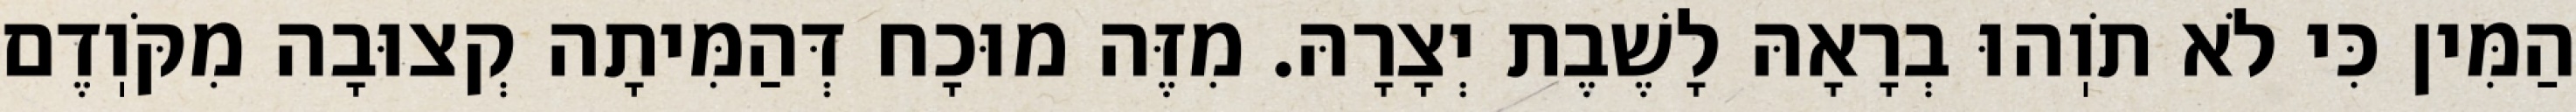
הַמִּין כִּי לֹא תֹוֽהוּ בְרָאָהּ לָשֶׁבֶת יְצָרָהּ. מִזֶּה מוּכָח דְּהַמִּיתָה קְצוּבָה מִקֹּוֽדֶם